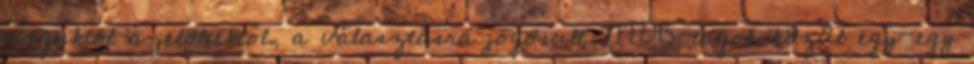
maguktól a jelöltektől, a választásra jogosult MOB-tagok közül egy-egy